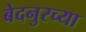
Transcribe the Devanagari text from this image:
बेदनुरच्या